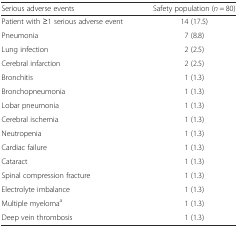
<table><thead><tr><td><b>Serious adverse events</b></td><td><b>Safety population (<i>n</i> = 80)</b></td></tr></thead><tbody><tr><td>Patient with ≥1 serious adverse event</td><td>14 (17.5)</td></tr><tr><td>Pneumonia</td><td>7 (8.8)</td></tr><tr><td>Lung infection</td><td>2 (2.5)</td></tr><tr><td>Cerebral infarction</td><td>2 (2.5)</td></tr><tr><td>Bronchitis</td><td>1 (1.3)</td></tr><tr><td>Bronchopneumonia</td><td>1 (1.3)</td></tr><tr><td>Lobar pneumonia</td><td>1 (1.3)</td></tr><tr><td>Cerebral ischemia</td><td>1 (1.3)</td></tr><tr><td>Neutropenia</td><td>1 (1.3)</td></tr><tr><td>Cardiac failure</td><td>1 (1.3)</td></tr><tr><td>Cataract</td><td>1 (1.3)</td></tr><tr><td>Spinal compression fracture</td><td>1 (1.3)</td></tr><tr><td>Electrolyte imbalance</td><td>1 (1.3)</td></tr><tr><td>Multiple myeloma<sup>a</sup></td><td>1 (1.3)</td></tr><tr><td>Deep vein thrombosis</td><td>1 (1.3)</td></tr></tbody></table>